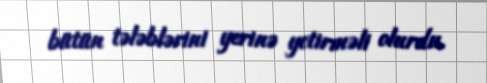
bütün tələblərini yerinə yetirməli olurdu.